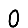
Digit: 0